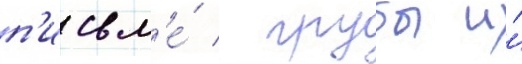
п'исьм'е́ / грубы и́